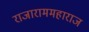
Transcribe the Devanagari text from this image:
राजाराममहाराज